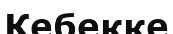
Кебекке